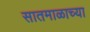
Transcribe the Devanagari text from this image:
सातमाळाच्या